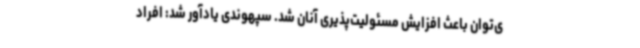
ی‌توان باعث افزایش مسئولیت‌پذیری آنان شد. سپهوندی یادآور شد: افراد